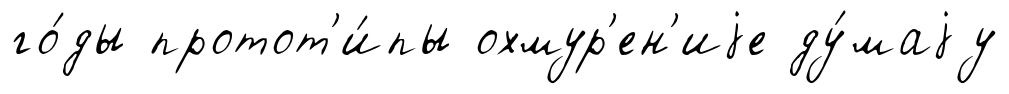
го́ды протот'и́пы охмур'ен'иjе ду́маjу